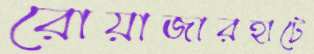
রোয়াজারহাটে